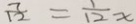
\frac { 7 } { 1 2 } = \frac { 1 } { 1 2 } x